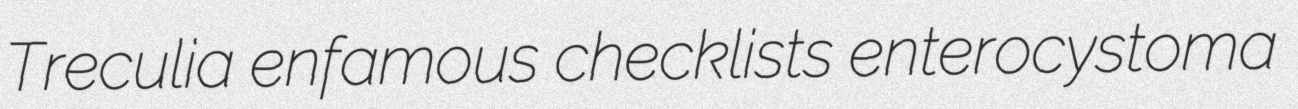
Treculia enfamous checklists enterocystoma